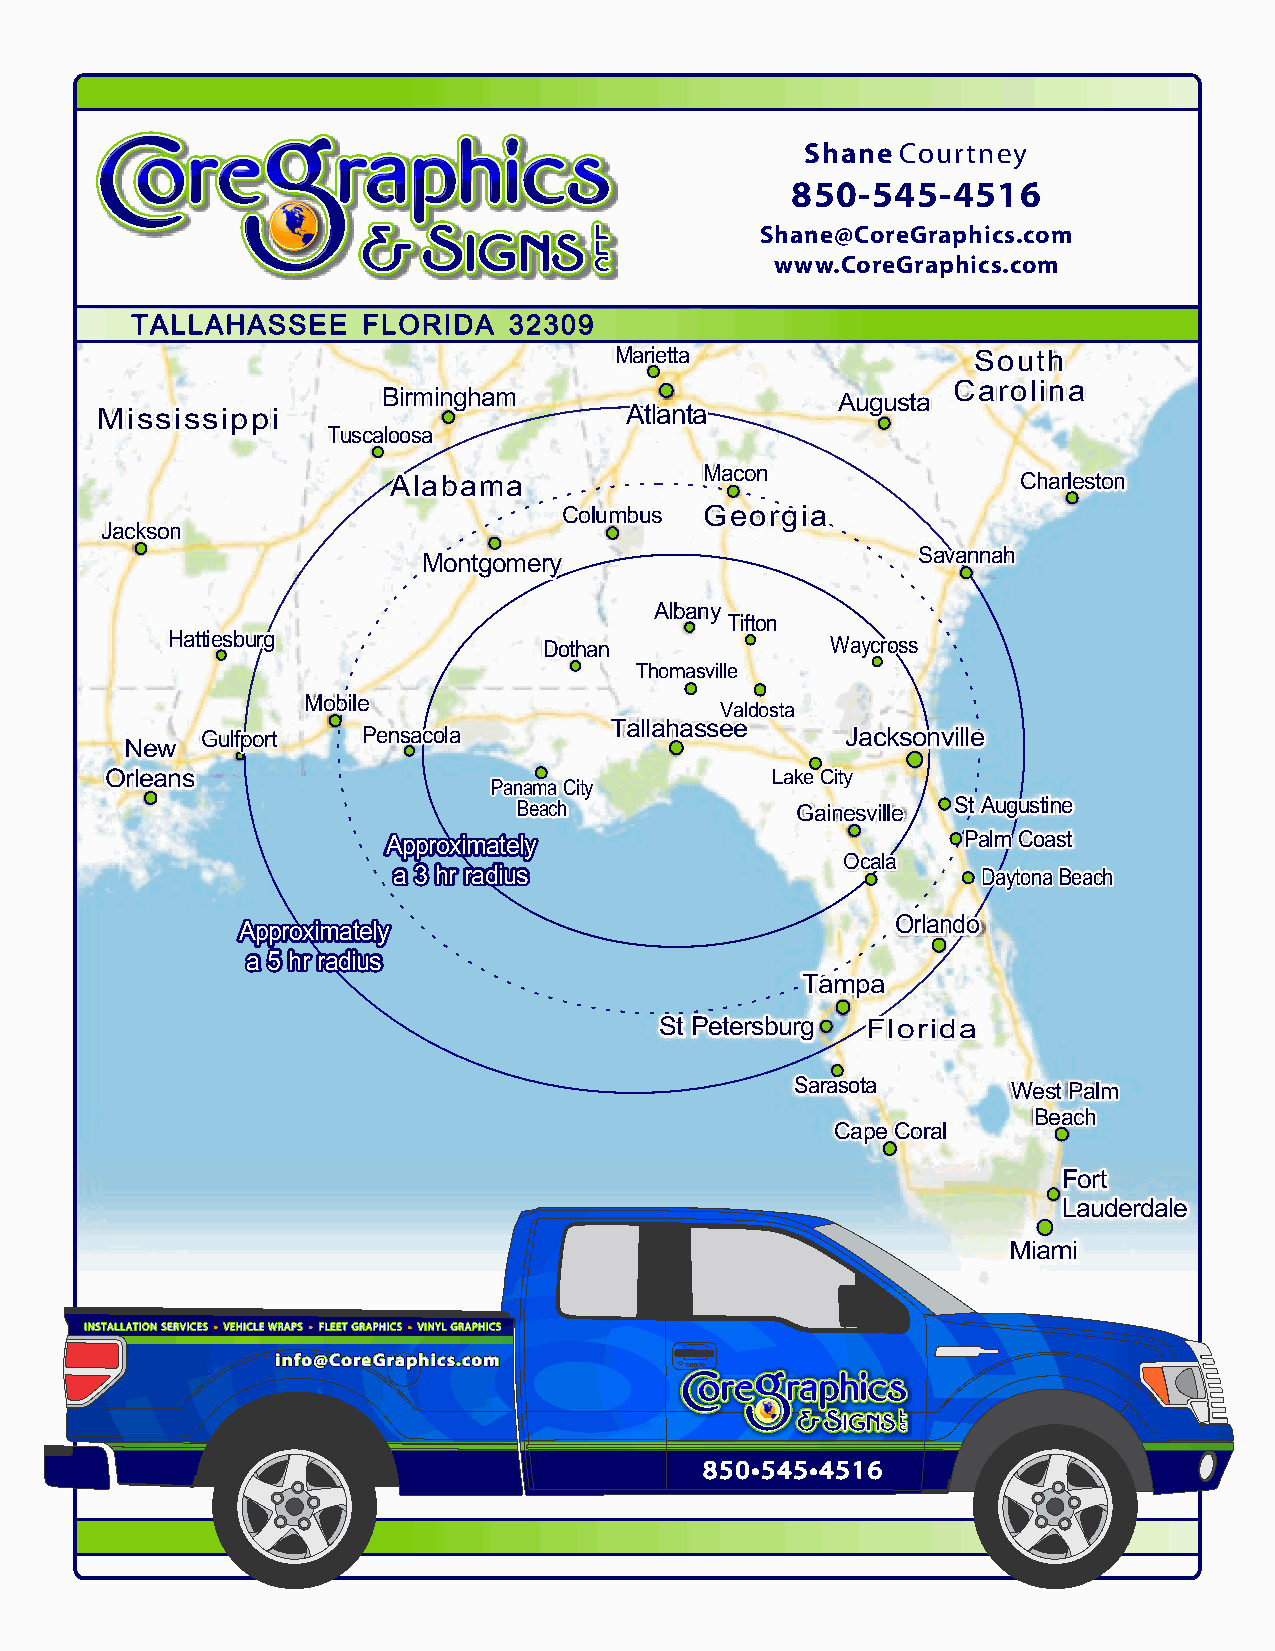
Shane  Courtney
 850-545-4516
 Shane@CoreGraphics.com
 www.CoreGraphics.com
 TTAALLLLAAHHAASSSSEEEE FFLLOORRIIDDAA 3322330099
 MMaarriieettttaa       SSoouutthh
 CCaarroolliinnaa
 BBiirrmmiinngghhaamm          AAuugguussttaa
 MMiissssiissssiippppii             AAttllaannttaa
 TTuussccaalloooossaa
 MMaaccoonn
 AAllaabbaammaa                            CChhaarrlleessttoonn
 CCoolluummbbuuss GGeeoorrggiiaa
 JJaacckkssoonn
 SSaavvaannnnaahh
 MMoonnttggoommeerryy
 AAllbbaannyy
 TTiiffttoonn
 HHaattttiieessbbuurrgg   DDootthhaann       WWaayyccrroossss
 TThhoommaassvviillllee
 MMoobbiillee
 VVaallddoossttaa
 TTaallllaahhaasssseeee
 GGuullffppoorrtt PPeennssaaccoollaa        JJaacckkssoonnvviillllee
 NNeeww
 OOrrlleeaannss                              LLaakkee CCiittyy
 PPaannaammaa CCiittyy
 BBeeaacchh         GGaaiinneessvviillllee SStt AAuugguussttiinnee
 AApppprrooxxiimmaatteellyy            PPaallmm CCooaasstt
 OOccaallaa
 aa 33 hhrr rraaddiiuuss                DDaayyttoonnaa BBeeaacchh
 OOrrllaannddoo
 AApppprrooxxiimmaatteellyy
 aa 55 hhrr rraaddiiuuss
 TTaammppaa
 SStt PPeetteerrssbbuurrgg FFlloorriiddaa
 SSaarraassoottaa WWeesstt PPaallmm
 BBeeaacchh
 CCaappee CCoorraall
 FFoorrtt
 LLaauuddeerrddaallee
 MMiiaammii
 IINNSSTTAALLLLAATTIIOONN SSEERRVVIICCEESS •• VVEEHHIICCLLEE WWRRAAPPSS •• FFLLEEEETT GGRRAAPPHHIICCSS •• VVIINNYYLL GGRRAAPPHHIICCSS
 iiiinnnnffffoooo@@@@CCCCoooorrrreeeeGGGGrrrraaaapppphhhhiiiiccccssss....ccccoooommmm
 885500••554455••44551166